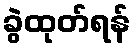
ခွဲထုတ်ရန်